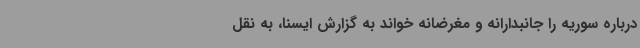
درباره سوریه را جانبدارانه و مغرضانه خواند به گزارش ایسنا، به نقل